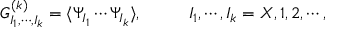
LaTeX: G _ { I _ { 1 } , \cdots , I _ { k } } ^ { ( k ) } = \langle \Psi _ { I _ { 1 } } \cdots \Psi _ { I _ { k } } \rangle , ~ ~ ~ ~ ~ ~ ~ ~ I _ { 1 } , \cdots , I _ { k } = X , 1 , 2 , \cdots ,